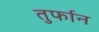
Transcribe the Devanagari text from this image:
तुर्फान